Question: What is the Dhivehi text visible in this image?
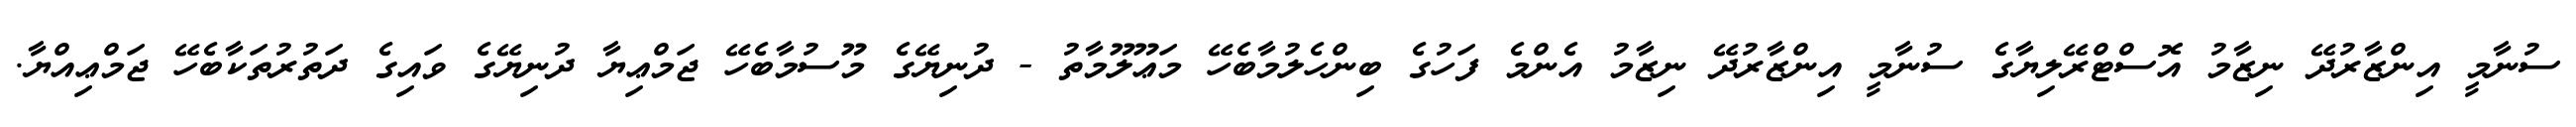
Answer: ސުނާމީ އިންޒާރުދޭ ނިޒާމު އޮސްޓްރޭލިޔާގެ ސުނާމީ އިންޒާރުދޭ ނިޒާމު އެންމެ ފަހުގެ ބިންހެލުމާބެހޭ މަޢޫލޫމާތު - ދުނިޔޭގެ މޫސުމާބެހޭ ޖަމްޢިޔާ ދުނިޔޭގެ ވައިގެ ދަތުރުތަކާބެހޭ ޖަމްޢިއްޔާ.